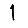
Digit: 1